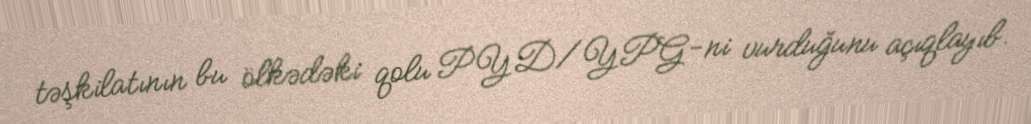
təşkilatının bu ölkədəki qolu PYD/YPG-ni vurduğunu açıqlayıb.